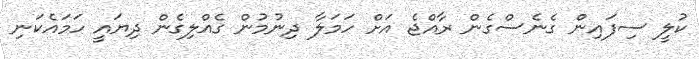
ކުލީ ސިފައިން ގެނެސްގެން ރާއްޖެ އަށް ހަމަލާ ދިނުމުން ގެއްލިގެން ދިޔައީ ހަމައެކަނި